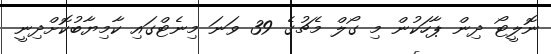
ނޮލީޓޯ ދިން ޕާހަކުން މި ގޯލް މެޗުގެ 39 ވަނަ މިނެޓްގައި ކާމިޔާބުކޮށްދިނީ